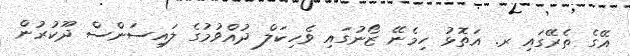
އޭގެ ތެރޭގައި ރ. އަތޮޅު ހިމެނޭ ޒޯނުގައި ވެހިކަލް ދުއްވުމުގެ ލައިސަންސް ދޫކުރުން